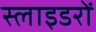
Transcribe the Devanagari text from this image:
स्लाइडरों